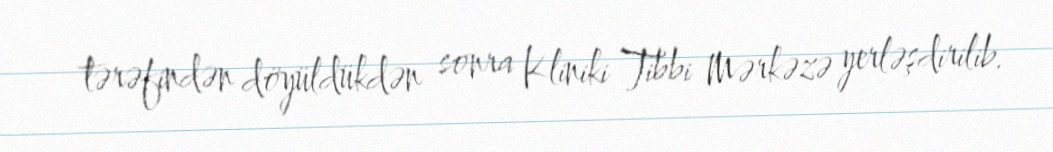
tərəfindən döyüldükdən sonra Kliniki Tibbi Mərkəzə yerləşdirilib.